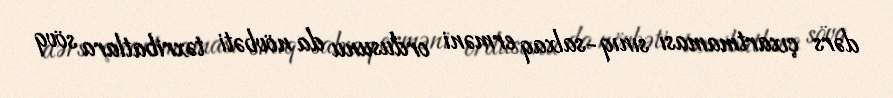
dərs çıxartmaması sınıq-salxaq erməni ordusunu da növbəti təxribatlara sövq